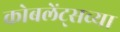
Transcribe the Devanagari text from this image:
कोबलेंट्सच्या